King Institute of Preventive Medicine Micro-Biological Section reports 1912-19
Year: 1912
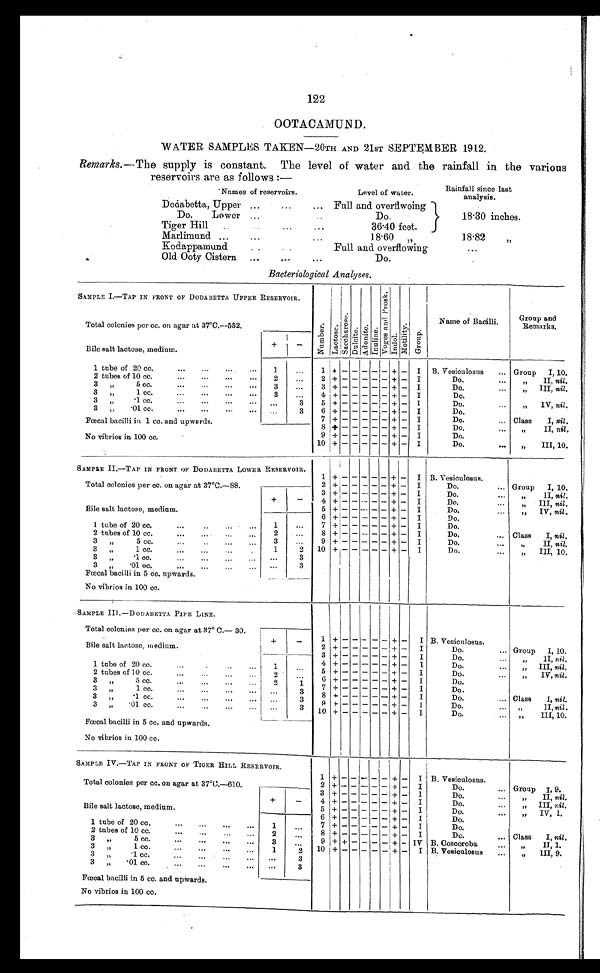
122
OOTACAMUND.
WATER SAMPLES TAKEN—20TH AND 21sT SEPTEMBER 1912.
Remarks .—The supply is constant. The level of water and the rainfall in the various
reservoirs are as follows :—
Names of reservoirs.
Level of water.
Rainfall since last
analysis.
Dodabetta, Upper ...
...
... Full and overflwoing
18.30 inches.
Do.
Lower ...
Do.
Tiger Hill
...
...
36.40 feet.
Marlimund ...
...
...
18.60 „
18.82
„
Kodappamund
..
Full and overflowing
...
Old Ooty Cistern ...
...
...
Do.
. . .
Bacteriological Analyses.
SAMPLE I.—TAP IN FRONT OF DODABETTA UPPER RESERVOIR.
N u m b e r .
L a c t o a e .
S a c c h a r o s e .
D u l c i t e .
A d o n i t e . I n u l i n e .
V o g e s a n d P r o s k .
I n d o l .
M o t i l i t y .
G r o u p .
Name of Bacilli.
Group and
Remarks.
Total colonies per cc. on agar at 37°C.—552.
Bile salt lactose, medium.
+
-
1 tube of 20 cc.
...
...
...
. . .
1
...
1
+ -
- - - -
+-
I B. Vesiculosus
Group I, 10.
2 tubes Of 10 cc.
...
...
. . .
. . .
2
. . . 2
+ -
- - - -
+ - I
Do.
„
II, nil.
3 „ 5 cc.
...
...
...
. . . 3
. . .
3 + -
- - - -
+ - I
Do.
„
III,nil.
3
„ 1 cc.
...
...
...
. . .
3
. . . 4 + -
- - - -
+ - I
Do.
3
„ . 1 c c .
. . .
. . .
. . .
. . .
. . .
3
5 + -
- - - -
+ -
I
Do.
„ I V ,
n i l .
3 „
. 0 1 c c .
. . .
. . .
. . .
. . .
. . .
3
6 + -
- - - -
+ - I
Do.
Fœcal bacilli in 1 cc. and upwards.
7 + -
- - - -
+ - I
Do.
... Class
I, nil .
8 + -
- - - -
+ -
I
Do,
„ I I ,
n i l
.
No vibrios in 100 cc.
9 + -
- - - -
+ -
I
Do.
10 -
- - - -
+ -
I
Do.
... „
III, 10.
SAMPLE II.—TAP IN FRONT OF DODABETTA LOWER RESERVOIR.
1 +
-
- - - -
+ -
I B. Vesiculosus.
Total colonies per cc. on agar at 37°C.—88.
2 + -
- - - -
+ -
I
Do.
... Group I, 10.
3 + - - - - - + -
I
Do.
...
II, nil.
Bile salt lactose, medium.
+
-
4 + -
- - - -
+ -
I
Do.
...
„ III, nil.
5 + -
- - - -
+ -
I
Do.
...
„
IV, nil .
6 + -
- - - -
+ -
I
Do.
...
1 tube of 20 cc.
...
...
1
. . .
7 + -
- - - -
+ -
I
Do.
...
2 tubes of 10 cc.
...
...
...
. . .
2
. . .
8 + -
- - - -
+ -
I
Do.
...
Class
I, nil .
3
„ 5 c c .
. . .
. . .
. . .
. . .
3
. . .
9 + -
- - --
+ -
I
Do.
...
„ I I ,
n i l .
3 „1 cc.
...
..
.
1
2
1 0 + -
- - - -
+ -
I
Do.
...
„
III, 10.
3 „
.1 cc. ... ..
.
. . .
3
3 „
. 0 1 c c .
. . .
. .
.
. . .
3
Fœcal bacilli in 5 cc. upwards.
No vibrios in 100 cc.
SAMPLE III.—D0DABETTA PIPE LINE.
1 + - - - - - + -
I B. Vesiculosus.
Total colonies per cc. on agar at 37° C.— 30.
B i l e s a l t l a c t o s e , m e d i u m .
+
-
2 + -
- - - -
+ -
I
Do.
...
Group I, 10.
3 + -
- - - - + -
I
Do.
...
„ I I ,
n i l .
1 tube of 20 cc.
...
.
..
...
1
. . .
4 + -
- - - - + -
I
Do.
...
„ I I I ,
n i l .
2 tubes of 10 cc.
...
2
. . .
5 + -
- - - - + -
I
Do.
...
„
IV, nil.
3 „
5 cc.
...
...
2
1
6 + -
- - - -
+ -
I
Do.
...
3 „
1cc.
...
...
...
...
. . .
3
7 + -
- - - -
+ -
I
Do.
...
3 „
.1 cc.
...
...
...
...
. . .
3
8 + -
- - - -
+ -
I
Do.
...
Class
I, n i l .
3 „
.01 cc.
...
...
. . .
3
9 + -
- - - -
+ -
I
Do.
...
„ I I , 1 0 .
1 0 + -
- - - -
+ -
I
Do.
...
„
I I I , 1 0 .
Fœcal bacilli in 5 cc. and upwards.
No vibrios in 100 cc.
SAMPLE IV.—TAP IN FRONT OF TIGER HILL RESERVOIR.
1 +
-
- -
-
-
+
-
I B. Vesiculosus.
Total colonies per cc. on agar at 37°C.—610.
2 + -
- - - -
+ -
I
Do.
...
Group I, 9.
3 + -
- - - -
+ -
I
Do.
...
„
II, nil.
Bile salt lactose, medium.
+
-
4 + -
- - - -
+ -
I
Do.
...
„
III,n i l .
5 + -
- - - -
+ -
I
Do.
...
„
IV, 1.
6 + -
- - - -
+ -
I
Do.
...
1 tube of 20 cc.
...
...
...
1
. . .
7 + - - - - -
+ -
I
Do.
...
2 tubes of 10 cc.
...
... . . .
. . .
2
...
8 + - - - - -
+ -
I
Do.
...
Class
I, nil.
3
5 cc.
...
...
...
3
...
9 + + - - - - + -
I V B. Coscoroba
„
II, 1.
3
„
1 cc.
...
...
. . .
1
2
1 0 + - - - - -
+ -
I B. Vesiculosus
„
III, 9.
3
„
. 1 cc.
...
...
. . .
. . .
3
3 „
.01 cc.
...
...
. . .
. . .
3
Fœcal bacilli in 5 cc. and upwards.
No vibrios in 100 cc.